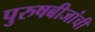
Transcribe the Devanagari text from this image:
पुरुषबीजांची